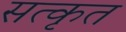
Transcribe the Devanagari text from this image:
सत्कृत